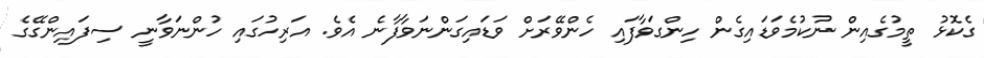
ގެކޮޅު ތީމުގެއިން ނުކުމެވަޑައިގެން ހިންގަވާފައި ހެންވޭރަށް ވަޑައިގަންނަވާފާނެ އެވެ. އަރިހުގައި ހުންނަވާނީ ސިފައިންގޭގެ